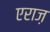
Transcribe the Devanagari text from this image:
एराज़